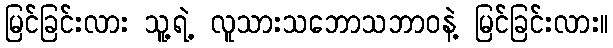
မြင်ခြင်းလား သူ့ရဲ့ လူသားသဘောသဘာဝနဲ့ မြင်ခြင်းလား။